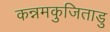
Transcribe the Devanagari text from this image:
कन्नमकुजिताडु